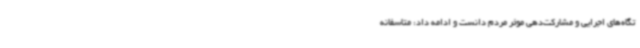
تگاه‌های اجرایی و مشارکت‌دهی موثر مردم دانست و ادامه داد: متاسفانه